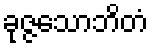
ခုဇ္ဇသောဘိတံ